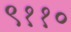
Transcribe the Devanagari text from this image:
९११०